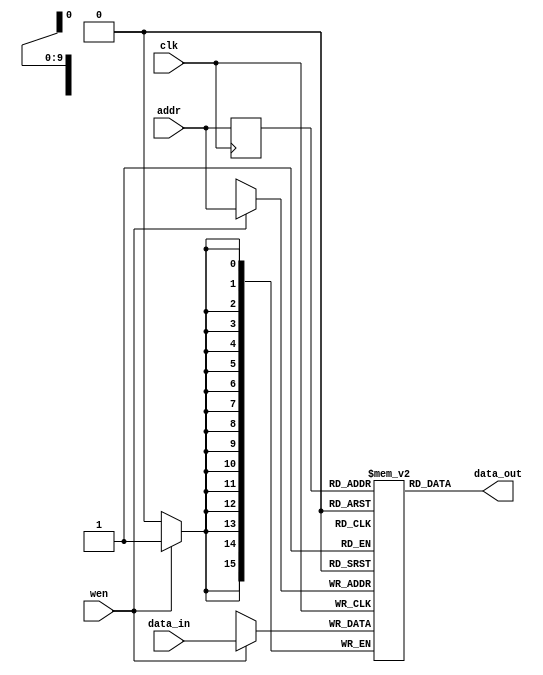
module data_memory
(
	input [15:0] data_in,
	input [9:0] addr,
	input wen, clk,
	output [15:0] data_out
);

	// Declare the RAM variable
	reg [15:0] ram[1023:0];
	
	// Variable to hold the registered read address
	reg [9:0] addr_reg;
	
	always @ (posedge clk)
	begin
	// Write
		if (wen)
			ram[addr] <= data_in;
		
		addr_reg <= addr;
		
	end
		
	// Continuous assignment implies read returns NEW data.
	// This is the natural behavior of the TriMatrix memory
	// blocks in Single Port mode.  
	assign data_out = ram[addr_reg];
	
endmodule